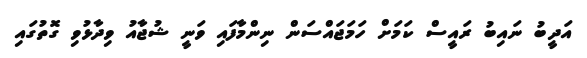
އަދީބު ނައިބު ރައީސް ކަމަށް ހަމަޖައްސަން ނިންމާފައި ވަނީ ޝުޖާއު ވިދާޅުވި ގޮތުގައި